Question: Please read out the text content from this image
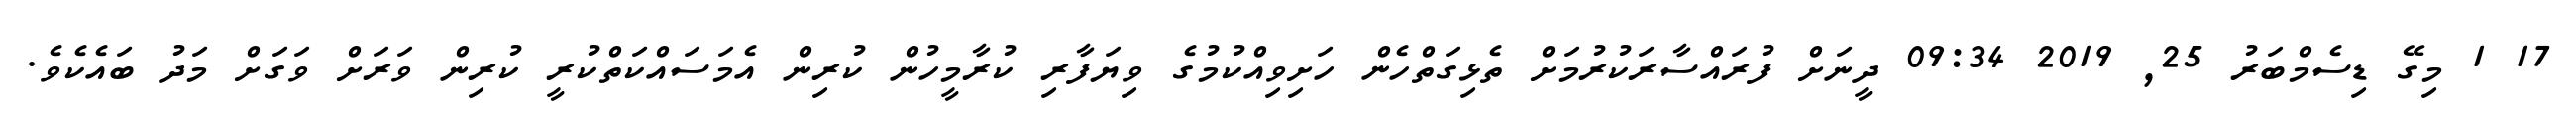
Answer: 17 1 މިގޭ ޑިސެމްބަރު 25, 2019 09:34 ދީނަށް ފުރައްސާރަކުރުމަށް ތެޅިގަތްހެން ހަށިވިއްކުމުގެ ވިޔަފާރި ކުރާމީހުން ކުރިން އެމަސައްކަތްކުރީ ކުރިން ވަރަށް ވަގަށް މަދު ބައެކެވެ.